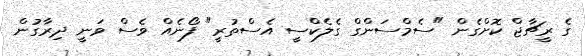
ގެ ރީޗާޖް ކޮށްގެން "ސެމްސަންގް ގެލެކްސީ އެސްތުރީ" ފޯނެއް ވެސް ވަނީ ދިރާގުން